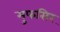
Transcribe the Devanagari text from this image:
मुफसिर